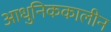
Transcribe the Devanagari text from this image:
आधुनिककालीन